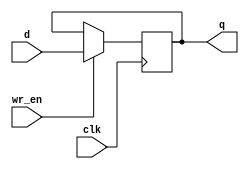
module Reg(input clk, input d, input wr_en, output reg q);
   
	always @ (posedge clk)begin
	   if (wr_en)
		q<=d;
	   end
endmodule